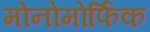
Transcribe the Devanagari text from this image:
मोनोमोर्फिक